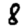
Digit: 8